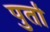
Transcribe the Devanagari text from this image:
पुर्तो